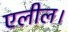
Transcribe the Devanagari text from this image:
एलील।